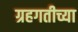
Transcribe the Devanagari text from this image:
ग्रहगतीच्या